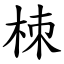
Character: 栜